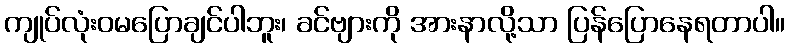
ကျုပ်လုံးဝမပြောချင်ပါဘူး၊ ခင်ဗျားကို အားနာလို့သာ ပြန်ပြောနေရတာပါ။